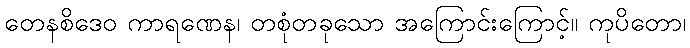
တေနစိဒေဝ ကာရဏေန၊ တစုံတခုသော အကြောင်းကြောင့်။ ကုပိတော၊